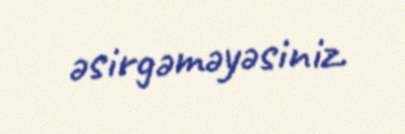
əsirgəməyəsiniz.